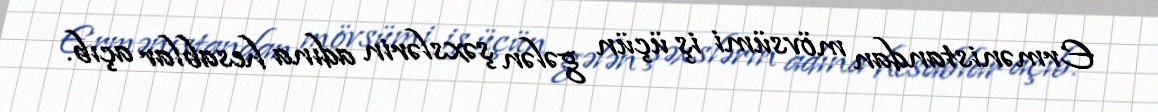
Ermənistandan mövsümi iş üçün gələn şəxslərin adına hesablar açıb.